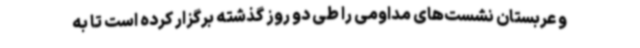
و عربستان نشست‌های مداومی را طی دو روز گذشته برگزار کرده است تا به